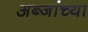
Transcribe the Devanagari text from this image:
अब्जांच्या